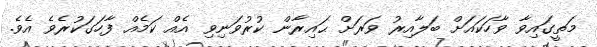
މަތީގައިވާ ވާހަކައަށް ބަލާއިރު ވަރަށް ޙައިރާން ކުރުވަނިވި އެއް ކަމެއް ފާހަގަކުރެވެ އެވެ.